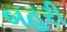
બહરી